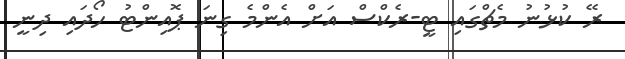
ރޭ ކުޅުނު މެޗްގައި ޓީ-ރެކްސް އަށް އެންމެ ގިނަ ޕޮއިންޓު ހޯދައި ދިނީ